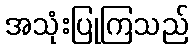
အသုံးပြုကြသည်